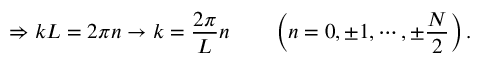
\Rightarrow k L = 2 \pi n \to k = { \frac { 2 \pi } { L } } n \qquad \left( n = 0 , \pm 1 , \cdots , \pm { \frac { N } { 2 } } \right) .